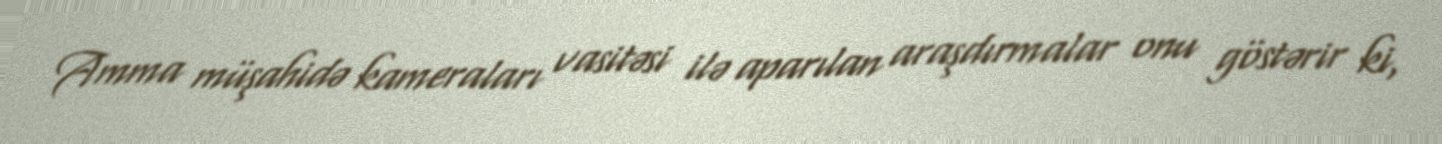
Amma müşahidə kameraları vasitəsi ilə aparılan araşdırmalar onu göstərir ki,